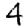
Digit: 4